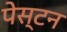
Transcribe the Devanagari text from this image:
पेस्टन